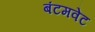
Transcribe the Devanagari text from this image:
बंटमवेट